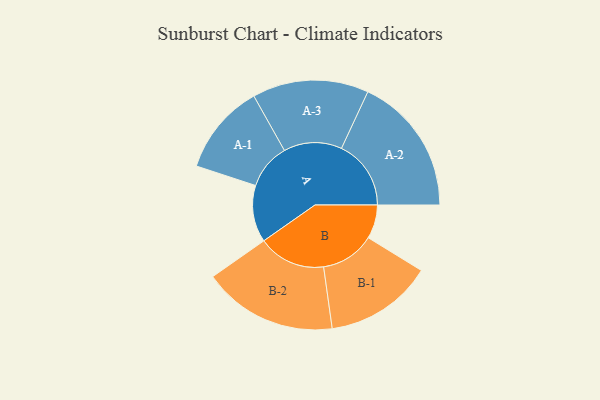
{"axis": {"x": "Segment", "y": "Value"}, "legend": ["", "A", "B"], "data": [{"x": "A", "y": 234, "type": ""}, {"x": "B", "y": 139, "type": ""}, {"x": "A-1", "y": 187, "type": "A"}, {"x": "A-2", "y": 286, "type": "A"}, {"x": "A-3", "y": 239, "type": "A"}, {"x": "B-1", "y": 222, "type": "B"}, {"x": "B-2", "y": 277, "type": "B"}]}